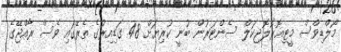
މޯލްޑިވްސް މީޓިއޮރޮލޮޖިކަލް ސެންޓަރުން ބުނީ ކުރިޔަށް 48 ގަޑިއިރުގެ ތެރޭގައި ވެސް ރާއްޖޭގެ